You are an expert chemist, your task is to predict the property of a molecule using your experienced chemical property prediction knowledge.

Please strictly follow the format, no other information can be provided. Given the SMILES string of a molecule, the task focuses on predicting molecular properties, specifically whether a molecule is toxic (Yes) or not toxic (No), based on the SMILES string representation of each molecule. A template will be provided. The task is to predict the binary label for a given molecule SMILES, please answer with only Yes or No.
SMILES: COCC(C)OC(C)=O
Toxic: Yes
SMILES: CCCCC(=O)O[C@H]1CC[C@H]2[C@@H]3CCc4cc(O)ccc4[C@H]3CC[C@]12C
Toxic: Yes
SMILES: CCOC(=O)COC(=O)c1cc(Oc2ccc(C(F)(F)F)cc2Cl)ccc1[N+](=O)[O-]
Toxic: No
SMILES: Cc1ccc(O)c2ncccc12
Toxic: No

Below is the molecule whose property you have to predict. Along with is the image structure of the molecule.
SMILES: O=C1CCC(=O)O1
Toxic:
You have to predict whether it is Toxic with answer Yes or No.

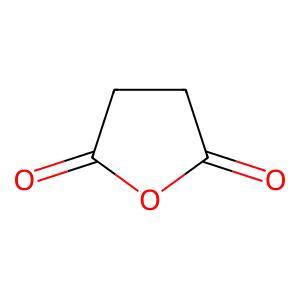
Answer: No